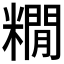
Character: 𮇻